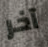
آخر